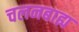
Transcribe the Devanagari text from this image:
चलनबाह्य